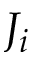
J _ { i }